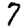
Digit: 7